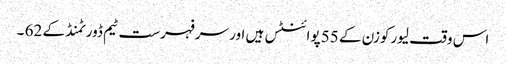
اس وقت لیورکوزن کے 55 پوائنٹس ہیں اور سرفہرست ٹیم ڈورٹمنڈ کے 62 ۔